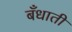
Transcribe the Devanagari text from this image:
बँधाती